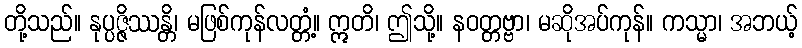
တို့သည်။ နုပ္ပဇ္ဇိဿန္တိ၊ မဖြစ်ကုန်လတ္တံ့။ ဣတိ၊ ဤသို့။ နဝတ္တဗ္ဗာ၊ မဆိုအပ်ကုန်။ ကသ္မာ၊ အဘယ့်